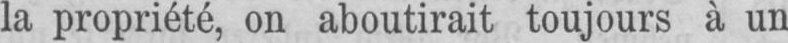
la propriété, on aboutirait toujours à un